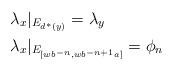
LaTeX: \begin{align*}&\lambda_x|_{E_{d^*(y)}} = \lambda_y \\&\lambda_x|_{E_{[wb^{-n}, wb^{-n+1}a]}} = \phi_n \end{align*}